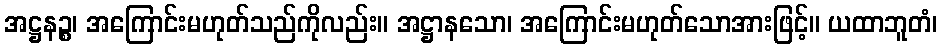
အဋ္ဌနဉ္စ၊ အကြောင်းမဟုတ်သည်ကိုလည်း။ အဋ္ဌာနသော၊ အကြောင်းမဟုတ်သောအားဖြင့်။ ယထာဘူတံ၊